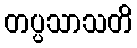
တပ္ပသာသတိ